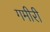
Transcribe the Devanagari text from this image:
गमीरी